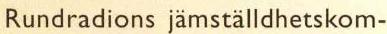
Rundradions jämställdhetskom-